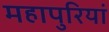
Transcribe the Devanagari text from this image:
महापुरियां